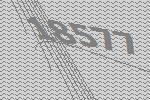
18577